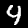
Digit: 4